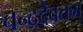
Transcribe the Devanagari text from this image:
चन्द्रदैवतम्